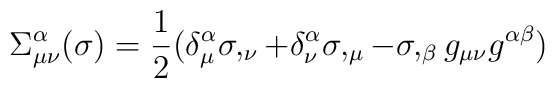
\Sigma^{\alpha}_{\mu\nu}(\sigma)=\frac{1}{2}(\delta^{\alpha}_{\mu}\sigma,_{\nu}+\delta^{\alpha}_{\nu}\sigma,_{\mu}-\sigma,_{\beta}g_{\mu\nu}g^{\alpha\beta})